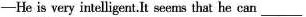
——He is very intelligent.It seems that he can